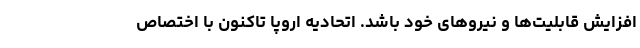
افزایش قابلیت‌ها و نیروهای خود باشد. اتحادیه اروپا تاکنون با اختصاص